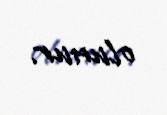
olunur.